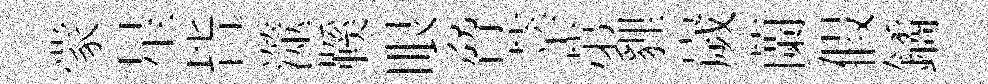
䝉星𣅜澨鞵眼脅莘苐貍嵗蘭假鐍